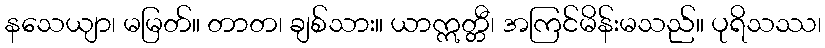
နသေယျာ၊ မမြတ်။ တာတ၊ ချစ်သား။ ယာဣတ္တီ၊ အကြင်မိန်းမသည်။ ပုရိသဿ၊